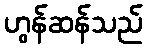
ဟွန်ဆန်သည်